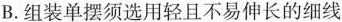
B.组装单摆须选用轻且不易伸长的细线